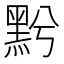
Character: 𪐭